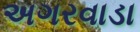
અગરવાડા